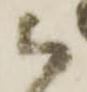
御